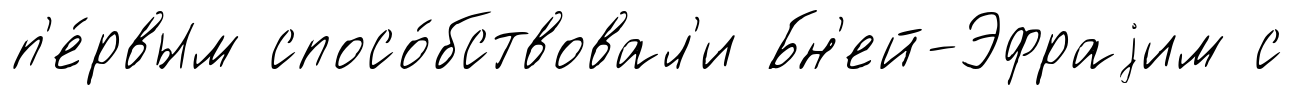
п'е́рвым спосо́бствовал'и Бн'ей-Эфраjим с